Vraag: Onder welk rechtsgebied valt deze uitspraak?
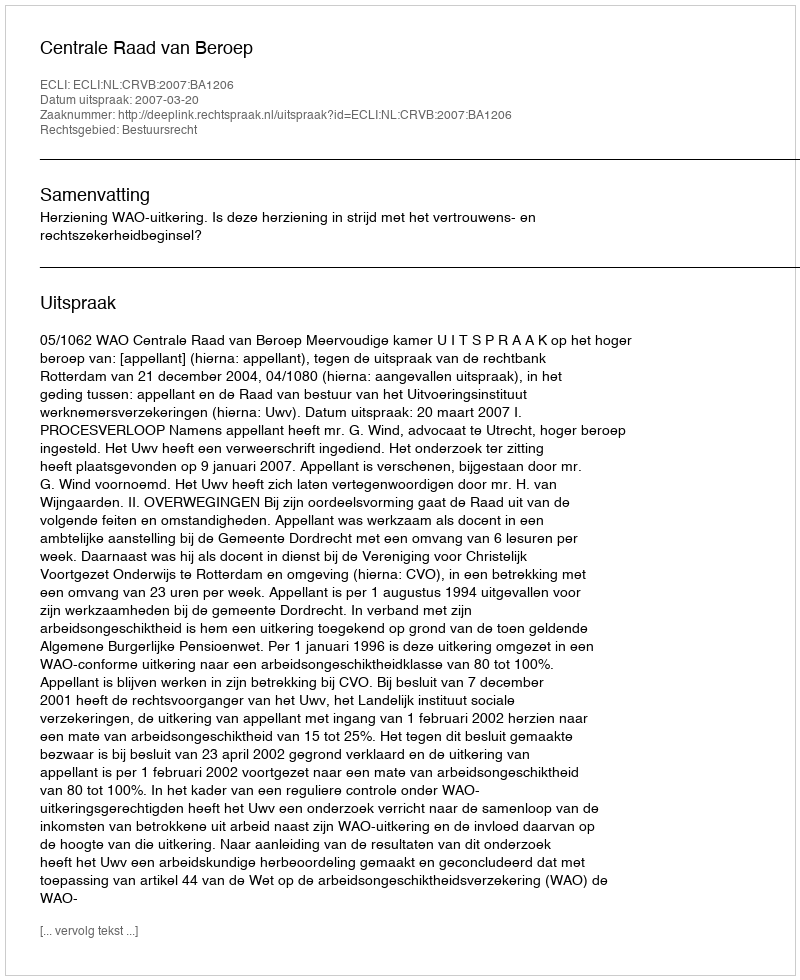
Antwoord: Bestuursrecht